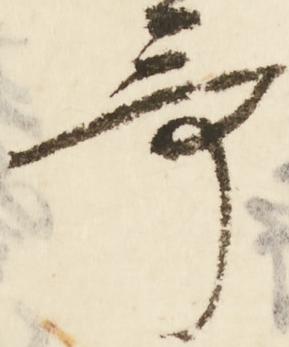
哥